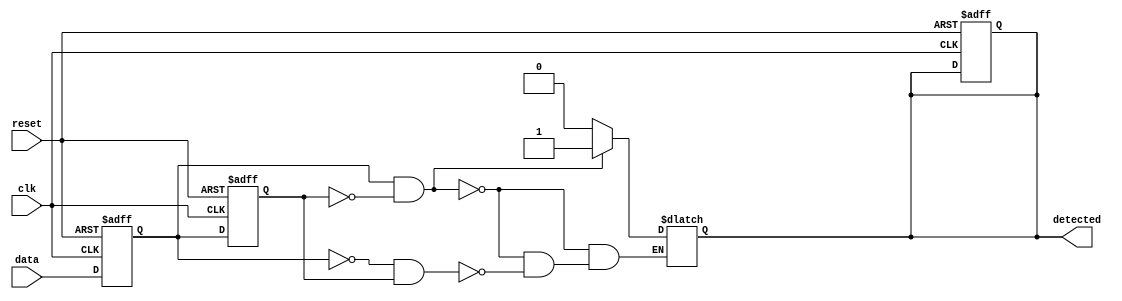
module dual_ff_detector (
    input wire clk,         // Clock signal
    input wire reset,       // Asynchronous reset
    input wire data,        // Primary input signal
    output reg detected     // Output signal indicating detection
);

    // Internal signals for flip-flops
    reg ff1;
    reg ff2;

    // Sequential logic: D Flip-Flops
    always @(posedge clk or posedge reset) begin
        if (reset) begin
            ff1 <= 1'b0;
            ff2 <= 1'b0;
            detected <= 1'b0;
        end else begin
            // Shift the data through the flip-flops
            ff1 <= data;           // First flip-flop captures the current data
            ff2 <= ff1;            // Second flip-flop captures the previous state
        end
    end

    // Detection logic
    always @(*) begin
        // Detection condition: e.g., detect a rising edge
        if (ff1 == 1'b1 && ff2 == 1'b0) begin
            detected = 1'b1;  // Rising edge detected
        end else if (ff1 == 1'b0 && ff2 == 1'b1) begin
            detected = 1'b0;  // Falling edge detected, reset the output
        end else begin
            detected = detected; // Keep the output unchanged
        end
    end

endmodule